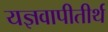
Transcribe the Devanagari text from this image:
यज्ञवापीतीर्थ